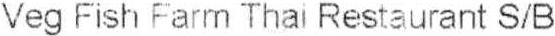
VEG FISH FARM THAI RESTAURANT S/B